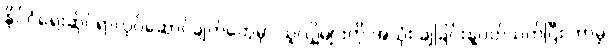
နိုင်ငံရေးဆိုင်ရာလုပ်ဆောင်ချက်တွေမှာ သူလျှိုများကို အသုံး ချခြင်းနဲ့ပတ်သက်ပြီး ဘာမှ